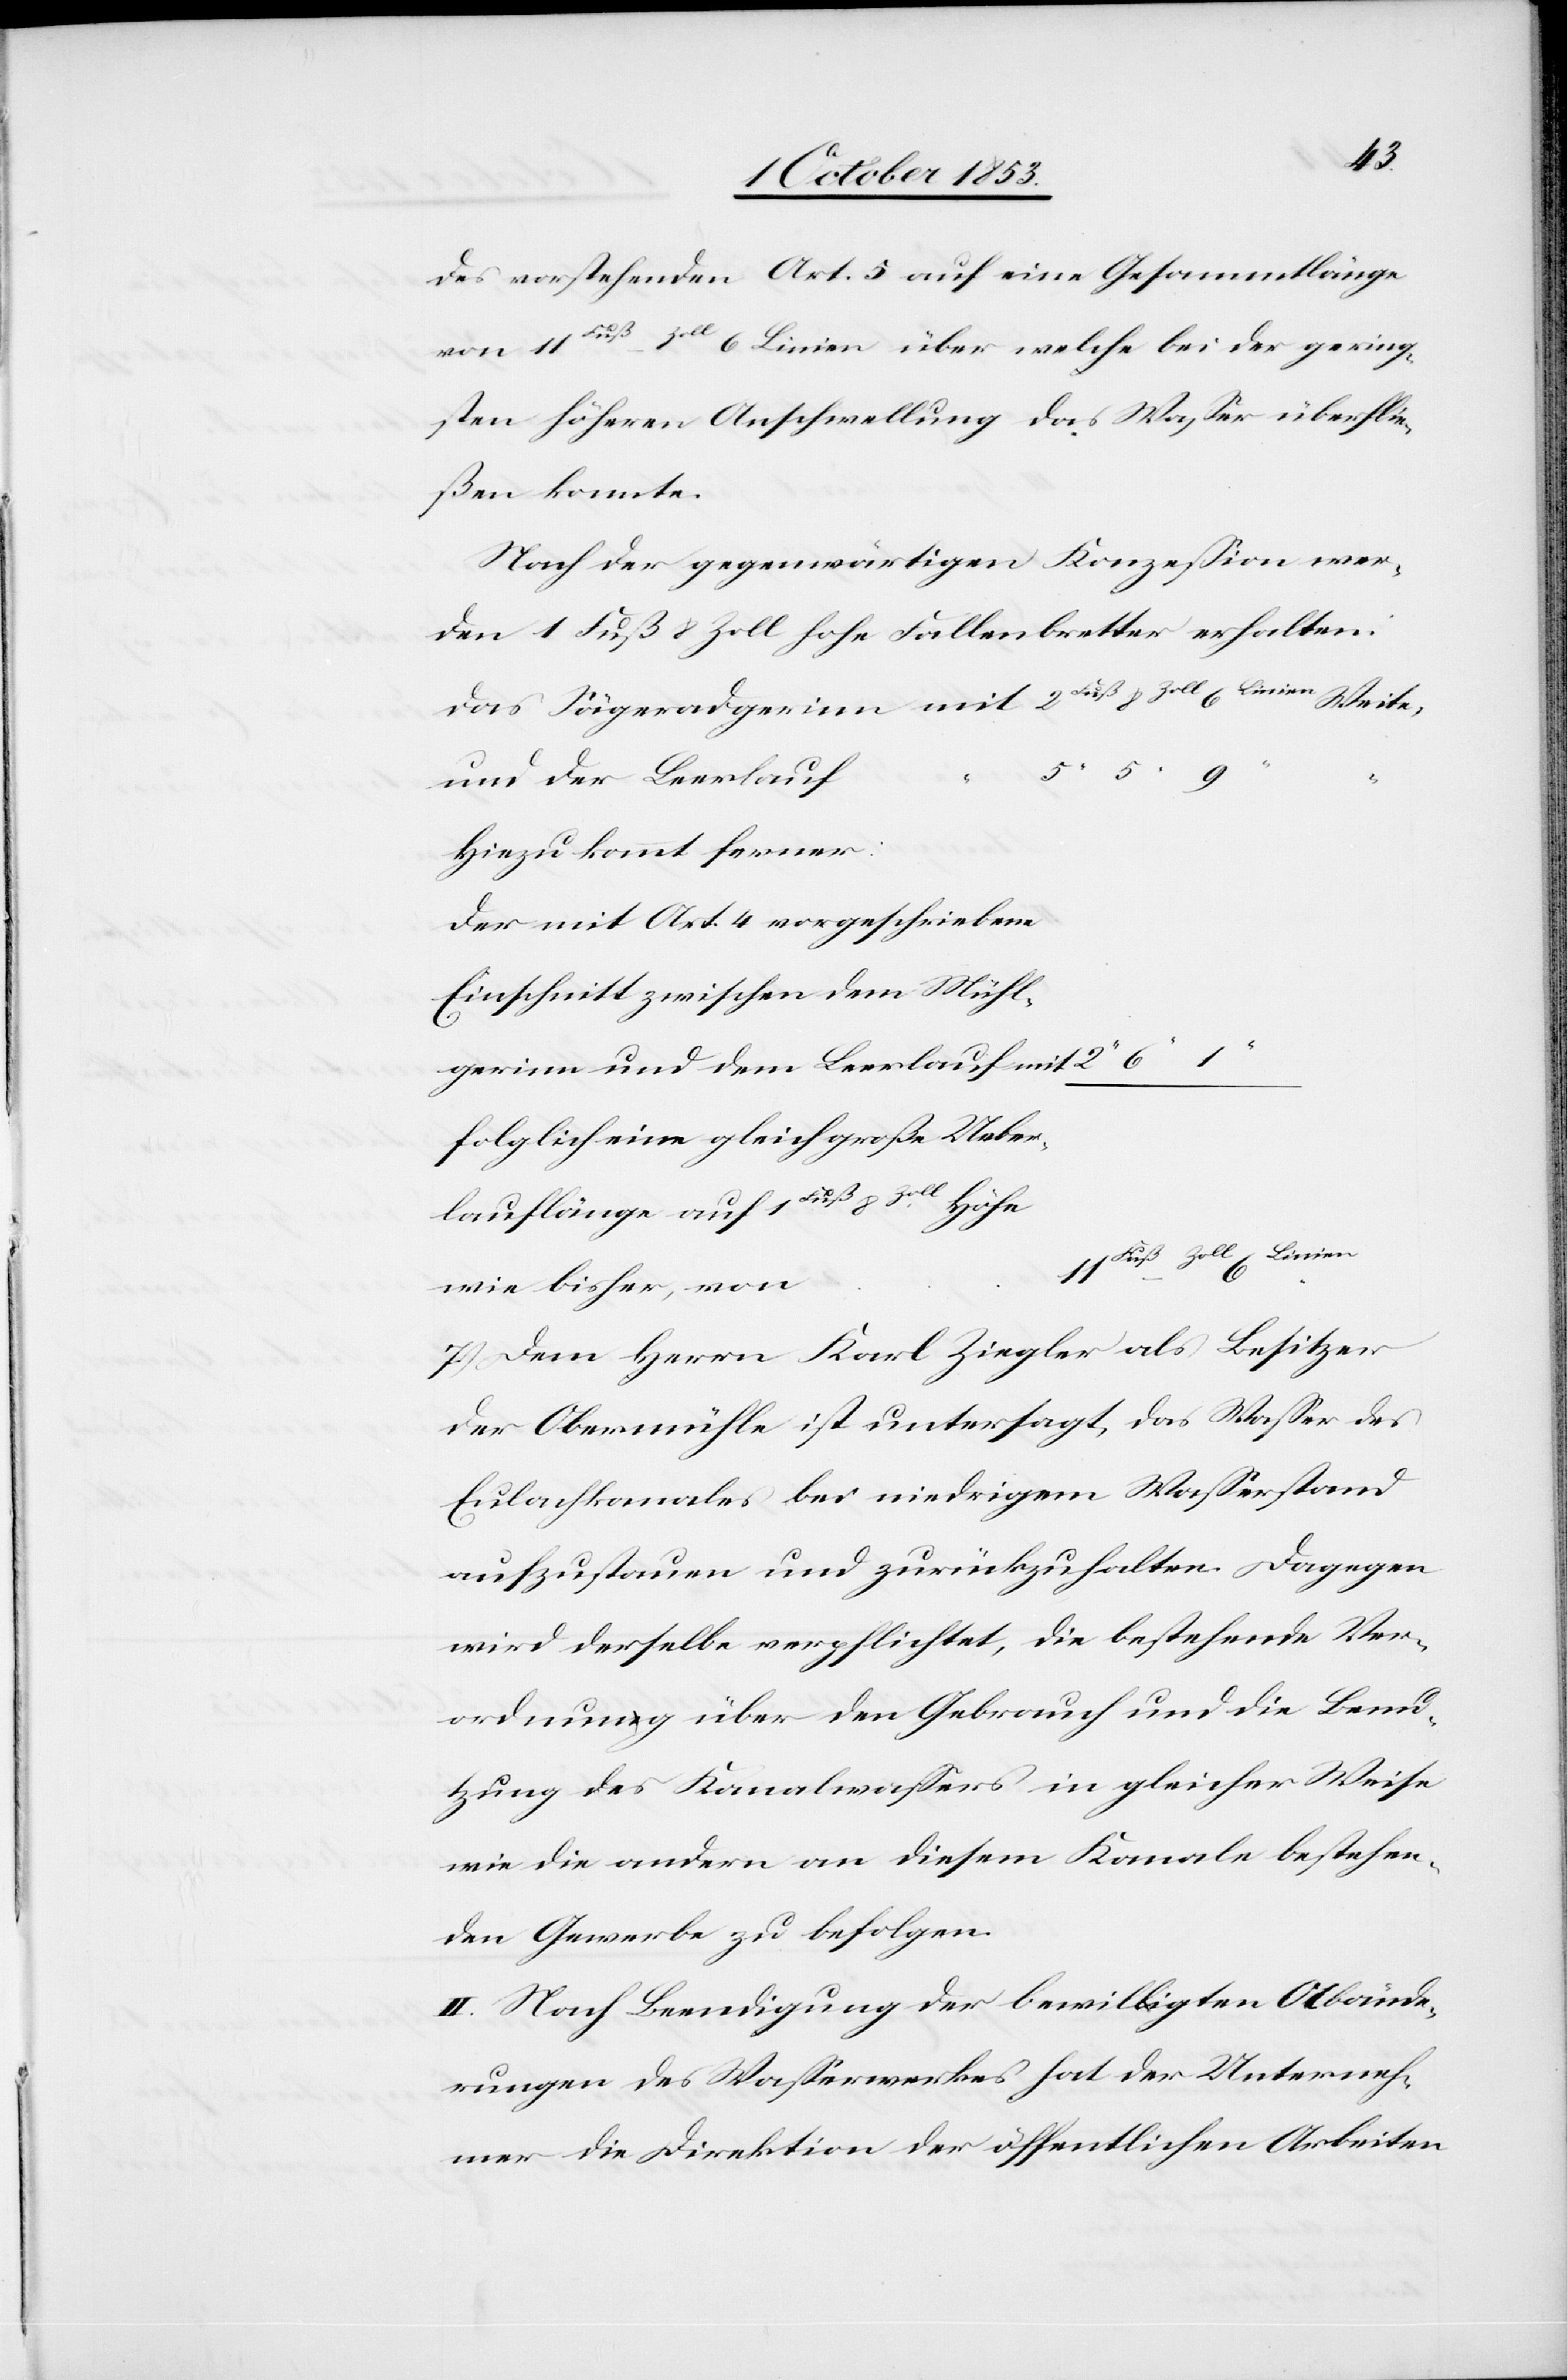
des vorstehenden Art. 5 auf eine Gesammtlänge
von 11 Fuß – Zoll 6 Linien über welche bei der gering¬
sten höhern Anschwellung das Waßer überflie¬
ßen konnte.
Nach der gegenwärtigen Konzeßion wer¬
den 1 Fuß 8 Zoll hohe Fallenbretter erhalten:
und der Leerlauf
Hiezu kommt ferner:
Der mit Art. 4 vorgeschriebene
Einschnitt zwischen den Mühl¬
egerinn und dem Leerlauf mit
Folglich eine gleich große Ueber¬
lauflänge auf 1 Fuß 8
Höhe
wie bisher, von
7. Dem Herrn Karl Ziegler als Besitzer
der Obermühle ist untersagt, das Waßer des
Eulachkanales bei niedrigem Waßerstand
aufzustauen und zurückzuhalten. Dagegen
wird derselbe verpflichtet, die bestehende Ver¬
ordnung über den Gebrauch und die Benu¬
zung des Kanalwaßers in gleicher Weise
wie die andern an diesem Kanale bestehen¬
den Gewerbe zu befolgen.
II. Nach Beendigung der bewilligten Abände¬
rungen des Waßerwerkes hat der Unterneh¬
mer die Direktion der öffentlichen Arbeiten